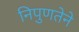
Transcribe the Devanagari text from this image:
निपुणतेने